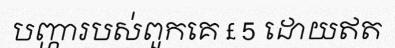
បញ្ហារបស់ពួកគេ £ 5 ដោយឥត